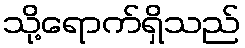
သို့ရောက်ရှိသည်